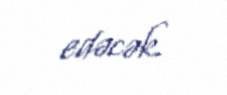
edəcək.